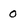
Character: 0